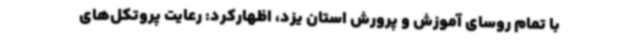
با تمام روسای آموزش و پرورش استان یزد، ‌اظهارکرد: رعایت پروتکل‌های